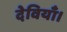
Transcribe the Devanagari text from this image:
देवियाँ।